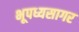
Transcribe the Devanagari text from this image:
भूपध्यसागर